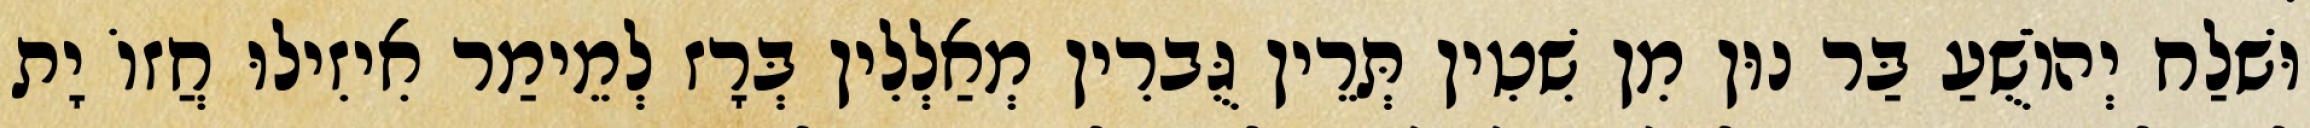
וּשׁלַח יְהוֹשֻׁעַ בַּר נוּן מִן שִׁטִין תְּרֵין גֻּברִין מְאַלְלִין בְּרָז לְמֵימַר אִיזִילוּ חֲזוֹ יָת